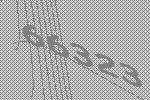
66323